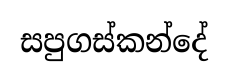
සපුගස්කන්දේ